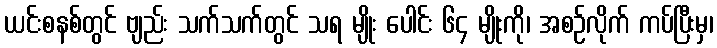
ယင်းစနစ်တွင် ဗျည်း သက်သက်တွင် သရ မျိုး ပေါင်း ၆၄ မျိုးကို၊ အစဉ်လိုက် ကပ်ပြီးမှ၊